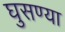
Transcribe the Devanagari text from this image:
घुसण्या